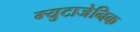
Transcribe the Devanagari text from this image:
म्युटाजेनिक